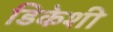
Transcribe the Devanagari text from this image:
डिकेशी